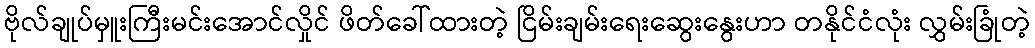
ဗိုလ်ချုပ်မှူးကြီးမင်းအောင်လှိုင် ဖိတ်ခေါ်ထားတဲ့ ငြိမ်းချမ်းရေးဆွေးနွေးဟာ တနိုင်ငံလုံး လွှမ်းခြုံတဲ့